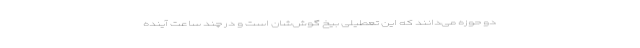
دو حوزه می‌دانند که این تعطیلی بیخ گوش‌شان است و در چند ساعت آینده